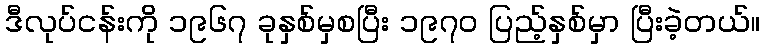
ဒီလုပ်ငန်းကို ၁၉၆၇ ခုနှစ်မှစပြီး ၁၉၇၀ ပြည့်နှစ်မှာ ပြီးခဲ့တယ်။